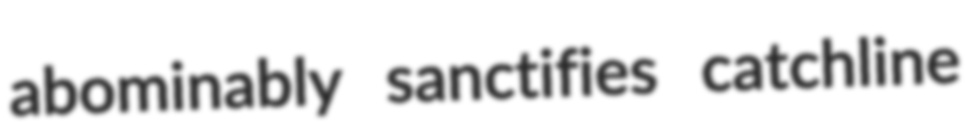
abominably sanctifies catchline